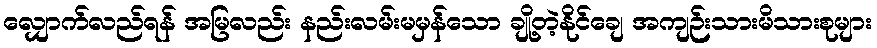
လျှောက်လည်ရန် အမြလည်း နည်းလမ်းမမှန်သော ချို့တဲ့နိုင်ချေ အကျဉ်းသားမိသားစုများ